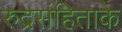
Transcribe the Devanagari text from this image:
रुद्रसंहिताके